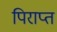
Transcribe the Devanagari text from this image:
पिराप्त